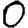
Digit: 0